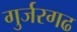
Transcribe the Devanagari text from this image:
गुर्जरगढ